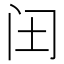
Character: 𮤬